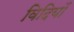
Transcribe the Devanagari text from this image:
विदियों